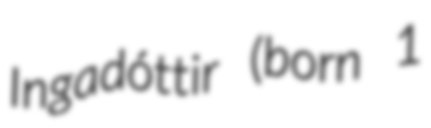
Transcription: Ingadóttir (born 1